Report of the King Institute of Preventive Medicine, Guindy
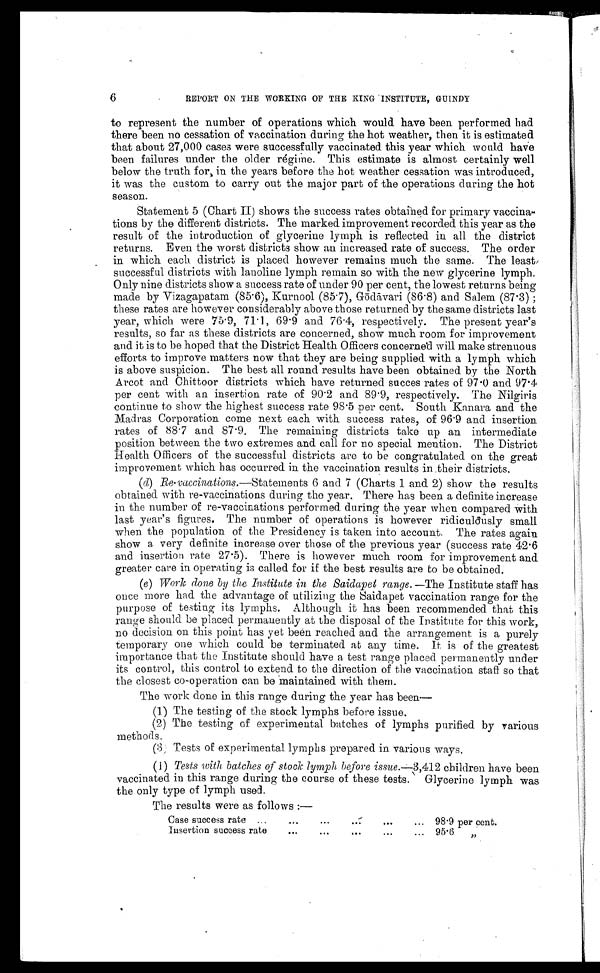
6
REPORT ON THE WORKING OF THE KING INSTITUTE, GUINDY
to represent the number of operations which would have been performed had
there been no cessation of vaccination during the hot weather, then it is estimated
that about 27,000 cases were successfully vaccinated this year which would have
been failures under the older régime. This estimate is almost certainly well
below the truth for, in the years before the hot weather cessation was introduced,
it was the custom to carry out the major part of the operations during the hot
season.
Statement 5 (Chart II) shows the success rates obtained for primary vaccina
-
tions by the different districts. The marked improvement recorded this year as the
result of the introduction of glycerine lymph is reflected in all the district
returns. Even the worst districts show an increased rate of success. The order
in which each district is placed however remains much the same. The least
successful districts with lanoline lymph remain so with the new glycerine lymph.
Only nine districts show a success rate of under 90 per cent, the lowest returns being
made by Vizagapatam (85.6), Kurnool (85.7), G ōdā vari (86.8) and Salem (87.3);
these rates are however considerably above those returned by the same districts last
year, which were 75. 9, 71. 1, 69. 9 and 76. 4, respectively. The present year' s
results, so far as these districts are concerned, show much room for improvement
and it is to be hoped that the District Health Officers concerned will make strenuous
efforts to improve matters now that they are being supplied with a lymph which
is above suspicion. The best all round results have been obtained by the North
Arcot and Chittoor districts which have returned succes rates of 97.0 and 97.4
per cent with an insertion rate of 90.2 and 89.9, respectively. The Nilgiris
continue to show the highest success rate 98.5 per cent. South Kanara and the
Madras Corporation come next each with success rates, of 96.9 and insertion
rates of 88.7 and 87.9. The remaining districts take up an intermediate
position between the two extremes and call for no special mention. The District
Health Officers of the successful districts are to be congratulated on the great
improvement which has occurred in the vaccination results in their districts.
(d) Re-vaccinations . —Statements 6 and 7 (Charts 1 and 2) show the results
obtained with re-vaccinations during the year. There has been a definite increase
in the number of re-vaccinations performed during the year when compared with
last year's figures. The number of operations is however ridiculously small
when the population of the Presidency is taken into account. The rates again
show a very definite increase over those of the previous year (success rate 42.6
and insertion rate 27.5). There is however much room for improvement and
greater care in operating is called for if the best results are to be obtained.
(e) Work done by the Institute in the Saidapet range.— The Institute staff has
once more had the advantage of utilizing the Saidapet vaccination range for the
purpose of testing its lymphs. Although it has been recommended that this
range should be placed permanently at the disposal of the Institute for this work,
no decision on this point has yet been reached and the arrangement is a purely
temporary one which could be terminated at any time. It is of the greatest
importance that the Institute should have a test range placed permanently under
its control, this control to extend to the direction of the vaccination staff so that
the closest co-operation can be maintained with them.
The work done in this range during the year has been—
( 1 ) T h e t e s t i n g o f t h e s t o c k l y m p h s b e f o r e i s s u e .
(2) The testing of experimental batches of lymphs purified by various
methods.
(3) Tests of experimental lymphs prepared in various ways.
(1) Tests with batches of stock lymph before issue.— 3,412 children have been
vaccinated in this range during the course of these tests. Glycerine lymph was
the only type of lymph used.
The results were as follows:—
Case success rate . . .
98.9 per cent.
Insertion success rate . . . 95.6
"